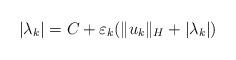
LaTeX: \begin{align*}|\lambda_{k}|=C+\varepsilon_{k}(\|u_{k}\|_{H}+|\lambda_{k}|)\end{align*}